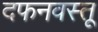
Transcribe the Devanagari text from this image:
दफनवस्तू